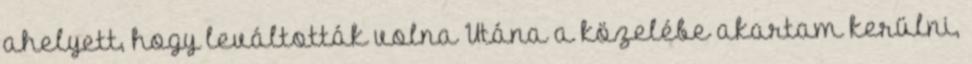
ahelyett, hogy leváltották volna Utána a kö­zelébe akartam kerülni,